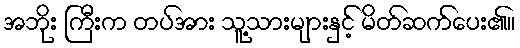
အဘိုး ကြီးက တပ်အား သူ့သားများနှင့် မိတ်ဆက်ပေး၏။